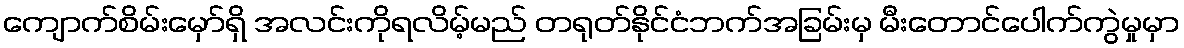
ကျောက်စိမ်းမှော်ရှိ အလင်းကိုရလိမ့်မည် တရုတ်နိုင်ငံဘက်အခြမ်းမှ မီးတောင်ပေါက်ကွဲမှုမှာ